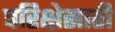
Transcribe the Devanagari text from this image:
परिक्षेसाठी